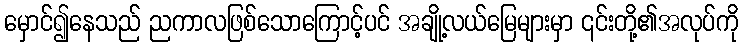
မှောင်၍နေသည် ညကာလဖြစ်သောကြောင့်ပင် အချို့လယ်မြေများမှာ ၎င်းတို့၏အလုပ်ကို